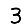
Digit: 3